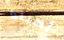
أحبته